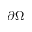
\partial \Omega